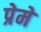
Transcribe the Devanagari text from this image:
प्रेमे